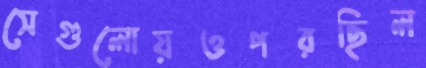
সেগুলোয়ওপরছিল